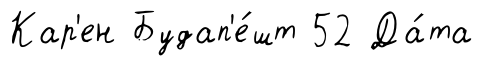
Кар'ен Будап'е́шт 52 Да́та